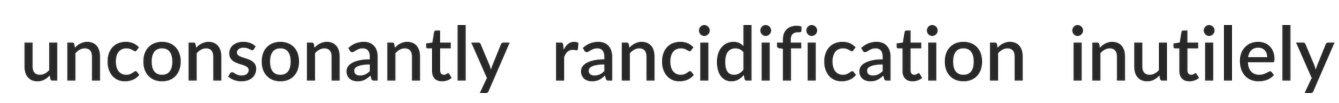
unconsonantly rancidification inutilely